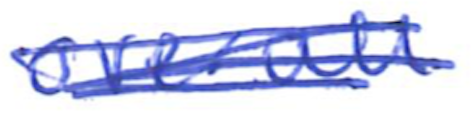
Text: overall
Cross-out: scratch
Writing tool: ballpoint